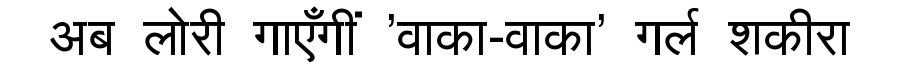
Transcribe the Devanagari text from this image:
अब लोरी गाएँगीं 'वाका-वाका' गर्ल शकीरा